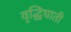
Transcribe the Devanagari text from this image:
वृद्धिघाती